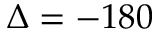
\Delta = - 1 8 0